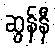
ဆွန်နီ